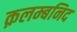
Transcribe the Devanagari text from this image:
क़लम्बनिद